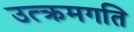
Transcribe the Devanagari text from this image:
उत्क्रमगति